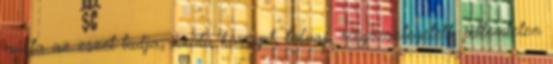
mióta az eszét tudja, azóta korrupt, tolvaj, megvesztegetett, jellemtelen